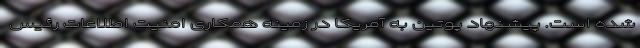
شده است. پیشنهاد پوتین به آمریکا در زمینه همکاری امنیت اطلاعات رئیس